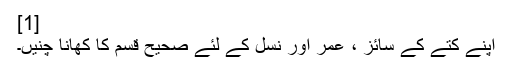
[1]
اپنے کتے کے سائز ، عمر اور نسل کے لئے صحیح قسم کا کھانا چنیں۔